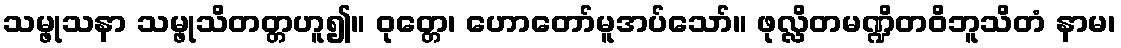
သမ္ဖုသနာ သမ္ဖုသိတတ္တဟူ၍။ ဝုတ္တေ၊ ဟောတော်မူအပ်သော်။ ဖုလ္လိတမဏ္ဍိတဝိဘူသိတံ နာမ၊